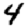
Digit: 4